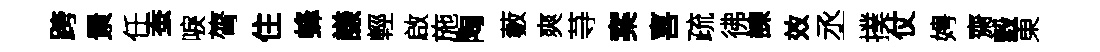
跨㬌任蚕唳膂住蜂謙輕啟施陶藪爽䒭案喜疏彿諫效丞撲仗娉齋穀東